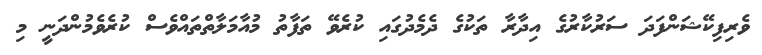
ވެރިފިކޭޝަންފަދަ ސަރުކާރުގެ އިދާރާ ތަކުގެ ދެމެދުގައި ކުރެވޭ ތަފާތު މުއާމަލާތްތައްވެސް ކުރެވެމުންދަނީ މި